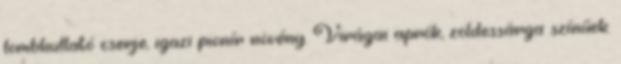
lombhullató cserje, igazi pionír növény. Virágai aprók, zöldessárga színűek.